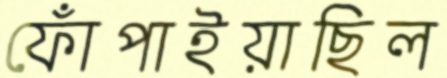
ফোঁপাইয়াছিল